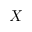
X